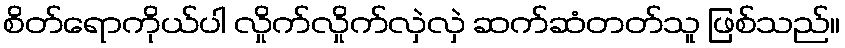
စိတ်ရောကိုယ်ပါ လှိုက်လှိုက်လှဲလှဲ ဆက်ဆံတတ်သူ ဖြစ်သည်။